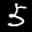
Label: 5